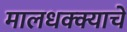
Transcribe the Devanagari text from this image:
मालधक्क्याचे